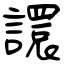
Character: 譞